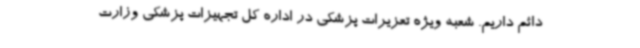
دائم داریم‌. شعبه ویژه تعزیرات پزشکی در اداره کل تجهیزات پزشکی وزارت